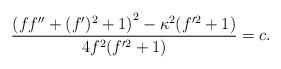
LaTeX: \begin{align*} \frac{\left(f f''+(f')^2 + 1\right)^2 -\kappa^2 (f'^2 +1)}{4f^2(f'^2 +1)} = c.\end{align*}